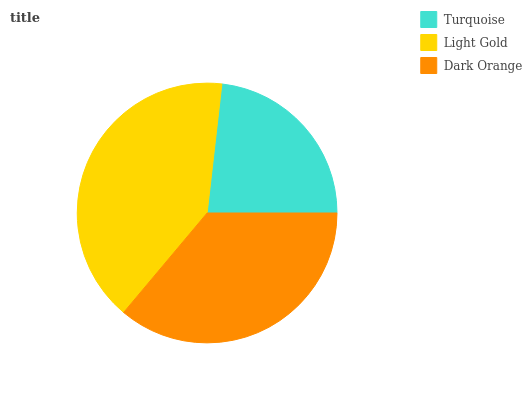
| Turquoise | Light Gold | Dark Orange |
 | --- | --- | --- |
 | 23.2% | 40.7% | 36.1% |